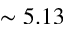
\sim 5 . 1 3